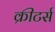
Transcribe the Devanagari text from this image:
क्रीटर्स